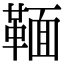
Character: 𩋠